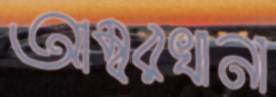
আম্বরখানা